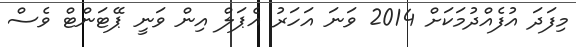
މިފަދަ އުފެއްދުމަކަށް 2014 ވަނަ އަހަރު އެޕަލް އިން ވަނީ ޕޭޓަންޓް ވެސް